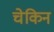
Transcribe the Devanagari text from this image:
चेकिन